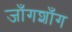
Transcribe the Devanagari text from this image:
जाँगशाँग